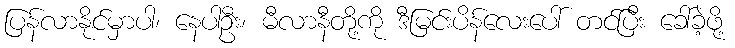
ပြန်လာနိုင်မှာပါ၊ နေပါဦး၊ မီလာနီတို့ကို ဒီမြင်းပိန်လေးပေါ် တင်ပြီး ခေါ်ခဲ့ဖို့